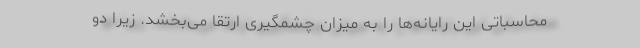
محاسباتی این رایانه‌ها را به میزان چشمگیری ارتقا می‌بخشد. زیرا دو